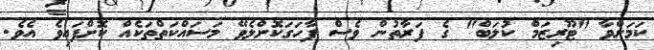
ކަމަށްވާ "ޓޫރިޒަމް ކުލަބް" ގެ ފަރާތުން ވެސް ފާހަގަކޮށްލެވޭ މަސައްކަތްތަކެއް ކޮށްފައިވެ އެވެ.